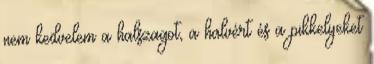
nem kedvelem a halszagot, a halvért és a pikkelyeket